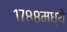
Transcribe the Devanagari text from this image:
१७८८मध्ये